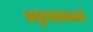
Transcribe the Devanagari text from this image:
अकुशलताओं